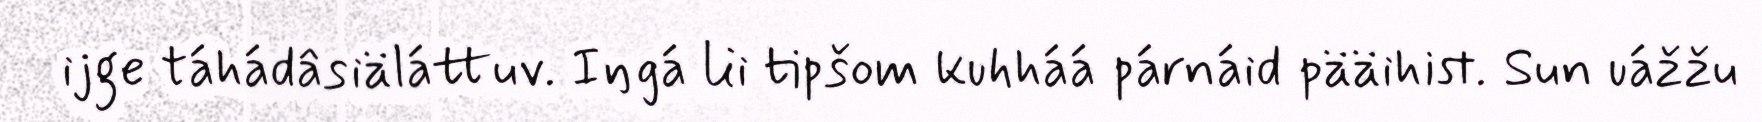
ijge táhádâsiäláttuv. Iŋgá lii tipšom kuhháá párnáid pääihist. Sun uážžu